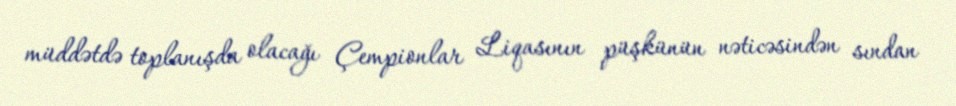
müddətdə toplanışda olacağı Çempionlar Liqasının püşkünün nəticəsindən sından